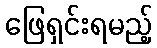
ဖြေရှင်းရမည့်